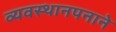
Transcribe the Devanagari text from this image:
व्यवस्थानपनाने